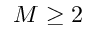
M \geq 2